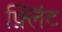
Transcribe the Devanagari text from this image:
फ़्लिंट